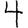
Digit: 4